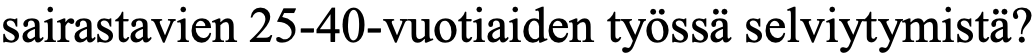
sairastavien 25-40-vuotiaiden työssä selviytymistä?